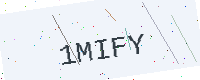
Text: 1MIFY